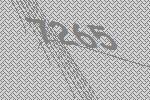
7265